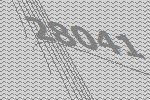
28041